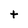
Character: t